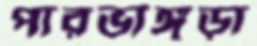
পারভাঙ্গুড়া